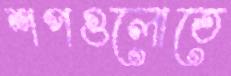
শপগুলোতে